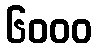
၆၀၀၀